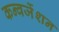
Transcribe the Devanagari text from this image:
कन्वर्जेशन